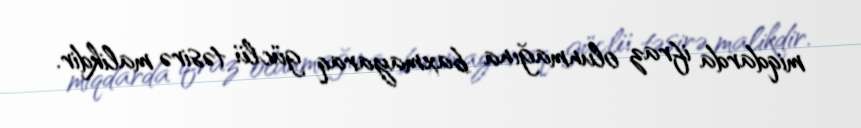
miqdarda ifraz olunmağına baxmayaraq güclü təsirə malikdir.